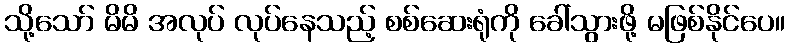
သို့သော် မိမိ အလုပ် လုပ်နေသည့် စစ်ဆေးရုံကို ခေါ်သွားဖို့ မဖြစ်နိုင်ပေ။